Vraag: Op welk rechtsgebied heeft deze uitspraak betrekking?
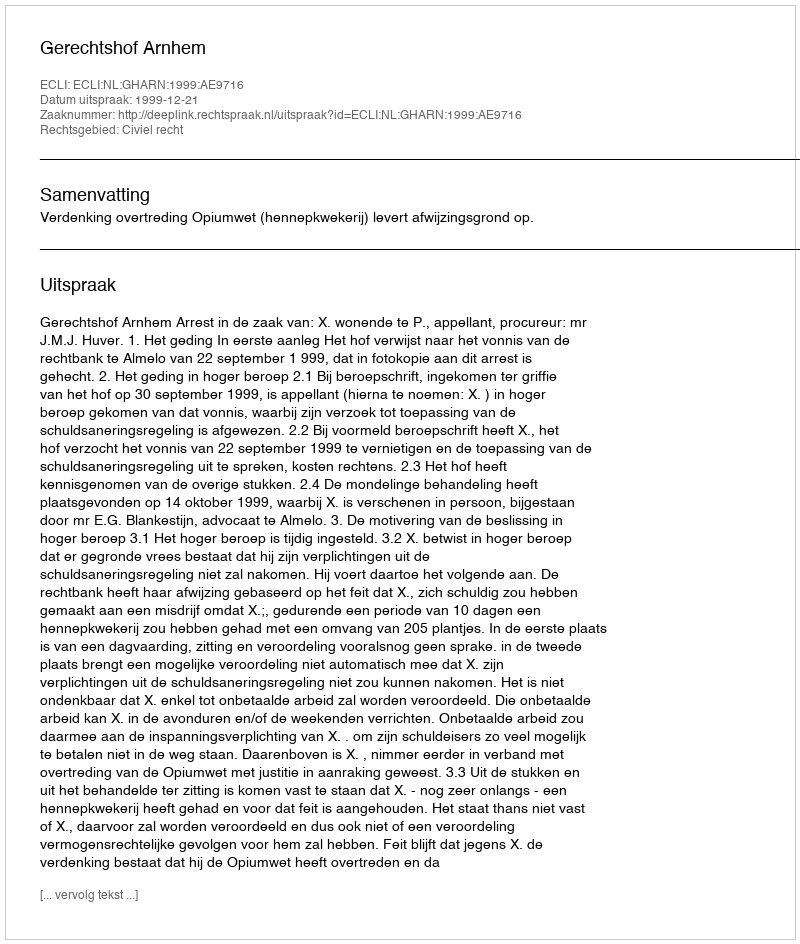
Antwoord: Civiel recht